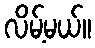
လိမ့်မယ်။